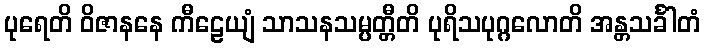
ပုရေတိ ဝိဇာနနေ ကီဠေယျံ သာသနသမ္ပတ္တီတိ ပုရိသပုဂ္ဂလောတိ အန္တသင်္ခါတံ